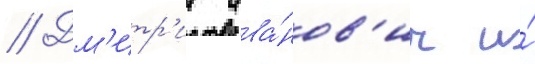
// Дм'итр'ии ива́нов'ич и́